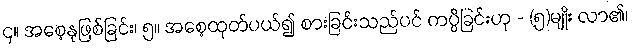
၄။ အစေ့နုဖြစ်ခြင်း၊ ၅။ အစေ့ထုတ်ပယ်၍ စားခြင်းသည်ပင် ကပ္ပိခြင်းဟု - (၅)မျိုး လာ၏၊